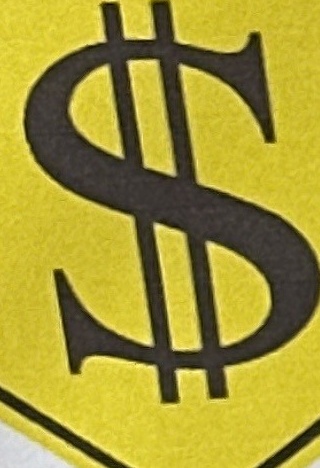
$